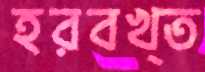
হরবখ্ত